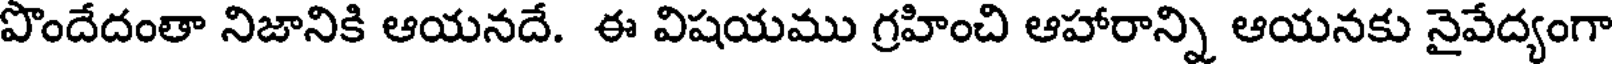
పొందేదంతా నిజానికి ఆయనదే. ఈ విషయము గ్రహించి ఆహారాన్ని ఆయనకు నైవేద్యంగా